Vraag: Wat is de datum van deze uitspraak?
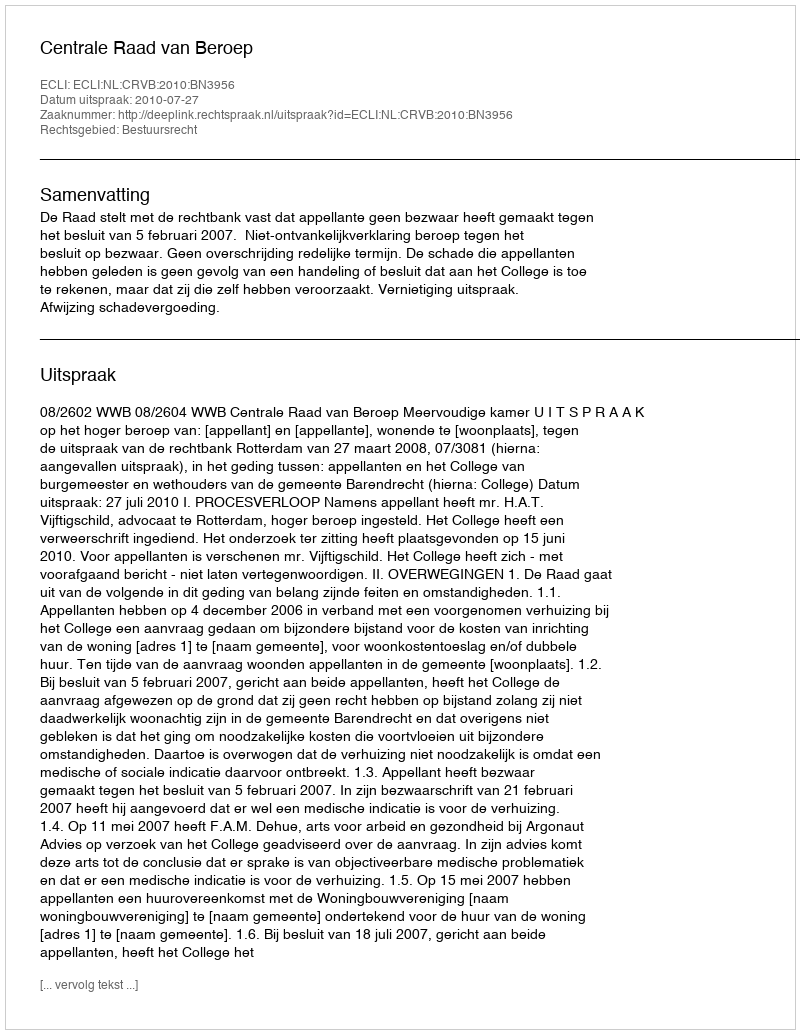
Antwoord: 2010-07-27